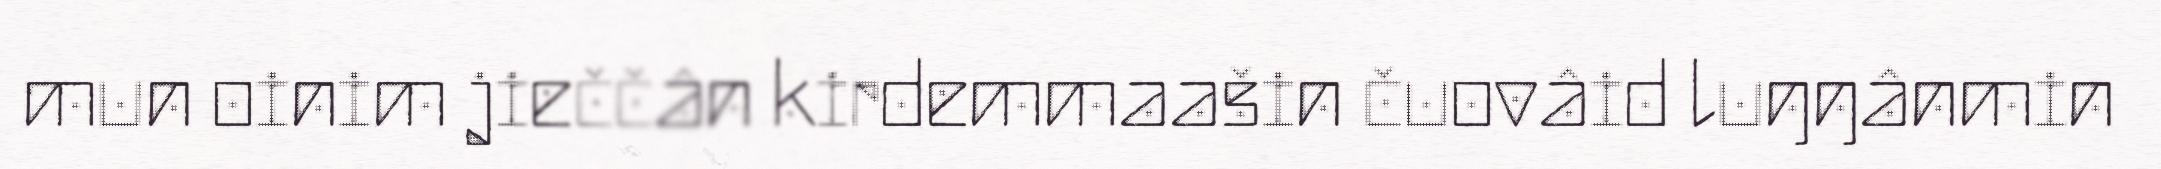
mun oinim jieččân kirdemmaašin čuovâid luŋŋânmin